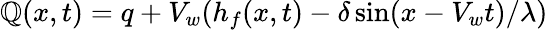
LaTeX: \mathbb{Q}(x,t)=q+V_{w}(h_{f}(x,t)-\delta\sin(x-V_{w}t)/\lambda)